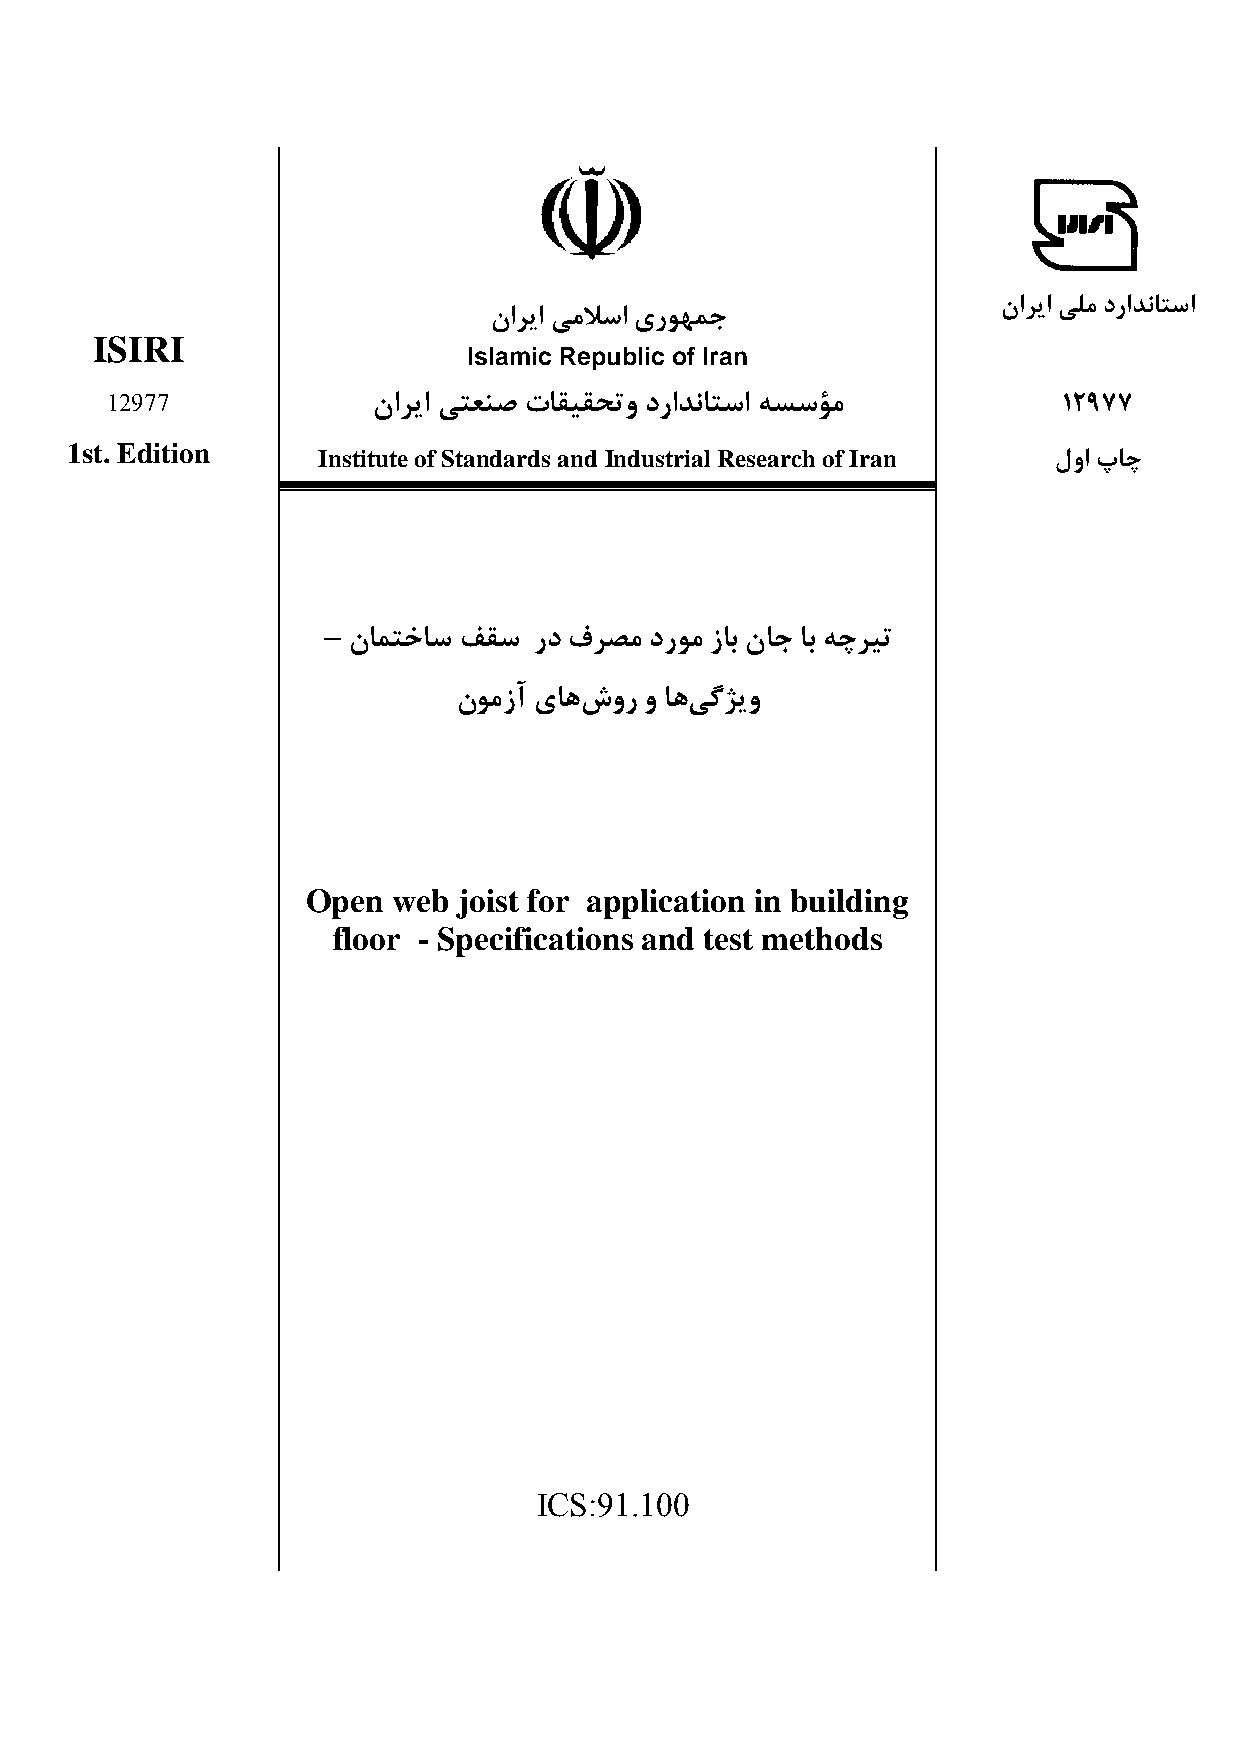
ناﺮﻳا ﻲﻠﻣ دراﺪﻧﺎﺘﺳا
 ناﺮﻳا ﻲﻣﻼﺳا يرﻮﻬﻤﺟ
 ISIRI
 Islamic Republic of Iran
 12977             ناﺮﻳا ﻲﺘﻌﻨﺻ تﺎﻘﻴﻘﺤﺗو دراﺪﻧﺎﺘﺳا ﻪﺴﺳﺆﻣ         12977
 1st. Edition
 Institute of Standards and Industrial Research of Iran لوا پﺎﭼ
 – نﺎﻤﺘﺧﺎﺳ ﻒ ﻘﺳ رد فﺮﺼﻣ درﻮﻣ زﺎﺑ نﺎﺟ ﺎﺑ ﻪﭼﺮﻴﺗ
 نﻮﻣزآ يﺎﻫشور و ﺎﻫﻲﮔﮋﻳو
 Open  web joist for application in building
 floor - Specifications and test methods
 ICS:91.100